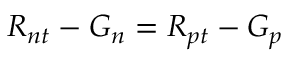
R _ { n t } - G _ { n } = R _ { p t } - G _ { p }